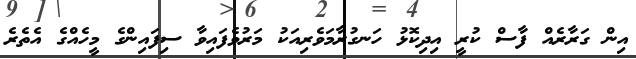
އިން ގަރާރެއް ފާސް ކުރީ އިދިކޮޅު ހަނގުރާމަވެރިއަކު މަރުވެފައިވާ ސިފައިންގެ މީހެއްގެ އެތެރެ